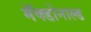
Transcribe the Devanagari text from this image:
मॅक्डोनाल्ड